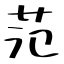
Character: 范